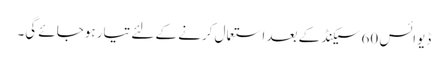
ڈیوائس 60 سیکنڈ کے بعد استعمال کرنے کے لئے تیار ہوجائے گی۔